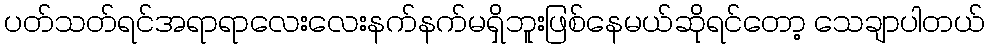
ပတ်သတ်ရင်အရာရာလေးလေးနက်နက်မရှိဘူးဖြစ်နေမယ်ဆိုရင်တော့ သေချာပါတယ်